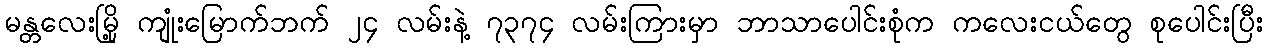
မန္တလေးမြို့ ကျုံးမြောက်ဘက် ၂၄ လမ်းနဲ့ ၇၃၇၄ လမ်းကြားမှာ ဘာသာပေါင်းစုံက ကလေးငယ်တွေ စုပေါင်းပြီး